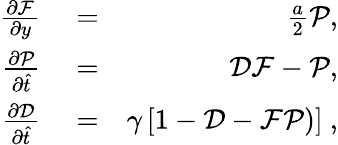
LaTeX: \begin{array}{rlr}{\frac{\partial\mathcal{F}}{\partial y}}&{{}=}&{\frac{a}{2}\mathcal{P},}\\ {\frac{\partial\mathcal{P}}{\partial\hat{t}}}&{{}=}&{\mathcal{D}\mathcal{F}-\mathcal{P},}\\ {\frac{\partial\mathcal{D}}{\partial\hat{t}}}&{{}=}&{\gamma\left[1-\mathcal{D}-\mathcal{F}\mathcal{P})\right]~,}\end{array}